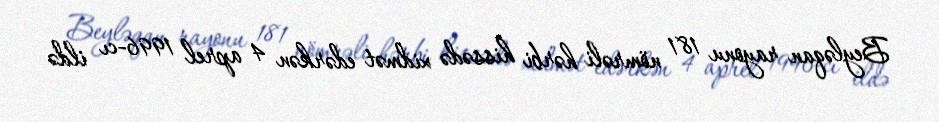
Beyləqan rayonu 181 nömrəli hərbi hissədə xidmət edərkən 4 aprel 1996-cı ildə